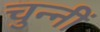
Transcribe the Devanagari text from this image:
चुन्नीं